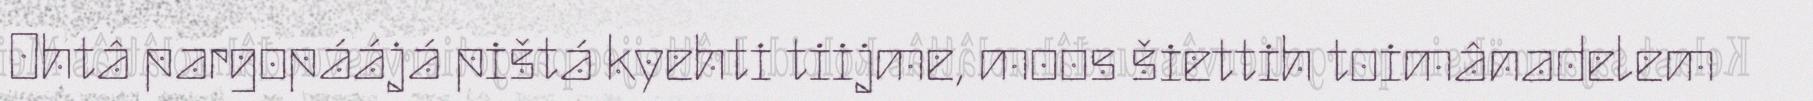
Ohtâ pargopáájá pištá kyehti tiijme, moos šiettih toimânadelem